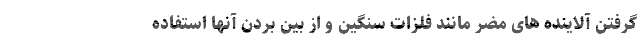
گرفتن آلاینده های مضر مانند فلزات سنگین و از بین بردن آنها استفاده